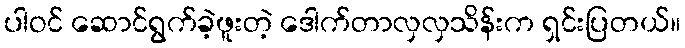
ပါဝင် ဆောင်ရွက်ခဲ့ဖူးတဲ့ ဒေါက်တာလှလှသိန်းက ရှင်းပြတယ်။